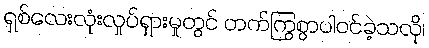
ရှစ်လေးလုံးလှုပ်ရှားမှုတွင် တက်ကြွစွာပါဝင်ခဲ့သလို၊